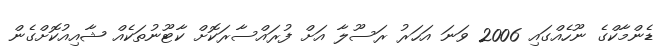
ޑެންމާކްގެ ނޫހެއްގައި 2006 ވަނަ އަހަރު ރަސޫލާ އަށް ފުރައްސާރަކޮށް ކާޓޫނުތަކެއް ޝާއިއުކޮށްގެން